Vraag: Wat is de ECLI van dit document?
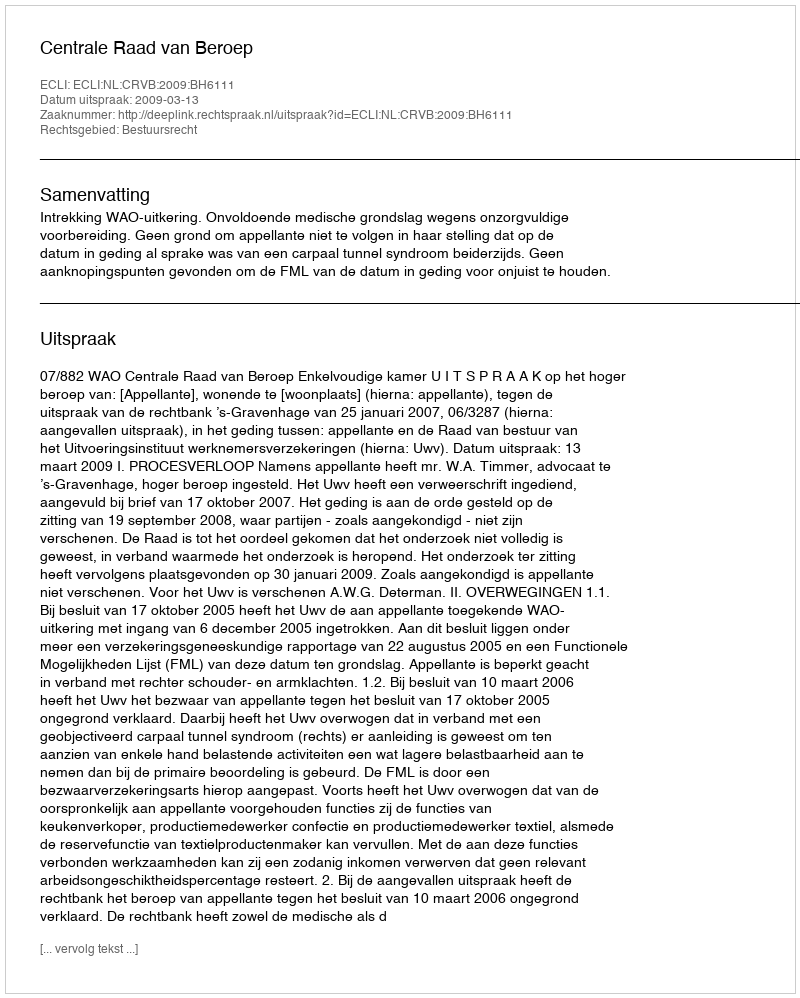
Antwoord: ECLI:NL:CRVB:2009:BH6111